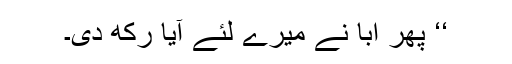
‘‘ پھر ابا نے میرے لئے آیا رکھ دی۔